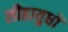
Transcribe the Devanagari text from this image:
लौहायुधों